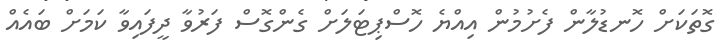
ގޮތަކަށް ހޮނޑުލާން ފެށުމުން އިއްޔެ ހޮސްޕިޓަލަށް ގެންގޮސް ފަރުވާ ދީފައިވާ ކަމަށް ބައެއް